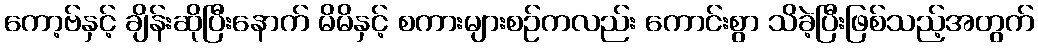
ကော့ဗ်နှင့် ချိန်းဆိုပြီးနောက် မိမိနှင့် စကားများစဉ်ကလည်း ကောင်းစွာ သိခဲ့ပြီးဖြစ်သည့်အတွက်